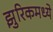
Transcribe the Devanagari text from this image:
झुरिकमध्ये